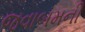
જવાબમની